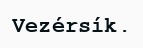
Vezérsík.